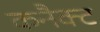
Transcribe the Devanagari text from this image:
कनैक्ट